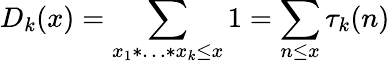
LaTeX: D_{k}(x)=\sum_{x_{1}*\ldots*x_{k}\leq x}1=\sum_{n\leq x}\tau_{k}(n)